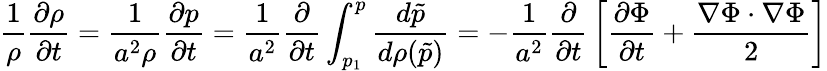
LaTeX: {\frac{1}{\rho}}{\frac{\partial\rho}{\partial t}}={\frac{1}{a^{2}\rho}}{\frac{\partial p}{\partial t}}={\frac{1}{a^{2}}}{\frac{\partial}{\partial t}}\int_{p_{1}}^{p}{\frac{d{\tilde{p}}}{d\rho({\tilde{p}})}}=-{\frac{1}{a^{2}}}{\frac{\partial}{\partial t}}\left[{\frac{\partial\Phi}{\partial t}}+{\frac{\nabla\Phi\cdot\nabla\Phi}{2}}\right]